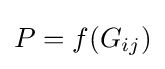
P=f(G_{ij})